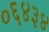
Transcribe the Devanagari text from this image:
०६४३४